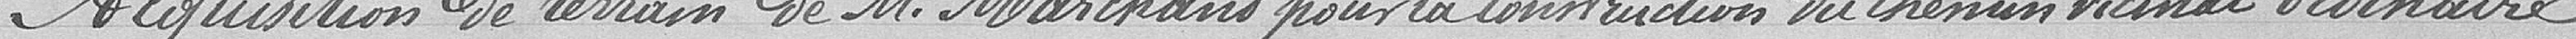
Acquisition de terrain de Monsieur Marchand pour la construction du chemin vicinal ordinaire